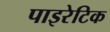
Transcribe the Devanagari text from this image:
पाइरेटिक